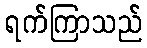
ရက်ကြာသည်